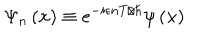
\Psi _ { n } \left( \mathbf { x } \right) \equiv e ^ { - i \epsilon n T / \hbar } \psi \left( \mathbf { x } \right)